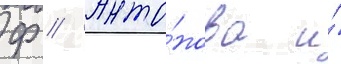
Ф // Анто́нова и́